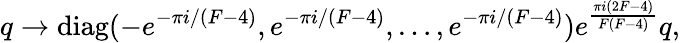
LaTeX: q\to\mathrm{diag}(-e^{-\pi i/(F-4)},e^{-\pi i/(F-4)},\ldots,e^{-\pi i/(F-4)})e^{\frac{\pi i(2F-4)}{F(F-4)}}q,